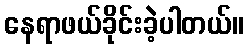
နေရာဖယ်ခိုင်းခဲ့ပါတယ်။